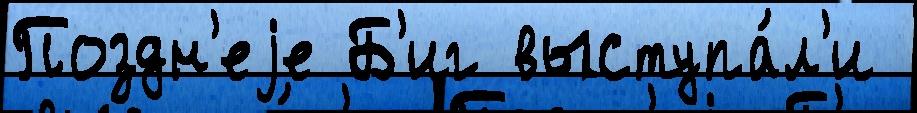
Поздн'еjе Б'иг выступа́л'и